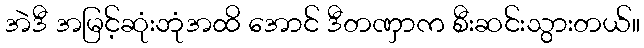
အဲဒီ အမြင့်ဆုံးဘုံအထိ အောင် ဒီတဏှာက စီးဆင်းသွားတယ်။